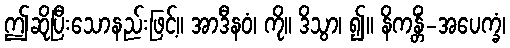
ဤဆိုပြီးသောနည်းဖြင့်။ အာဒီနဝံ၊ ကို။ ဒိသွာ၊ ၍။ နိကန္တိံ-အပေက္ခံ၊